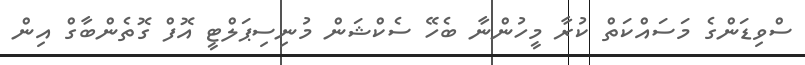
ސްވިޑަންގެ މަސައްކަތް ކުރާ މީހުންނާ ބެހޭ ސެކްޝަން މުނިސިޕަލްޓީ އޮފް ގޮތެންބާގް އިން